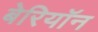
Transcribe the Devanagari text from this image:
बेरियॉन